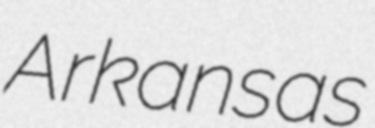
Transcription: Arkansas